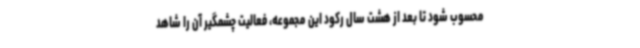
محسوب شود تا بعد از هشت سال رکود این مجموعه، فعالیت چشمگیر آن را شاهد